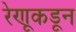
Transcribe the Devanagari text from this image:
रेणूकडून